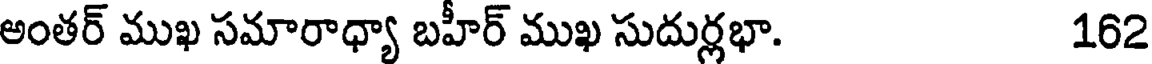
అంతర్ ముఖ సమారాధ్యా బహీర్ ముఖ సుదుర్లభా. 162